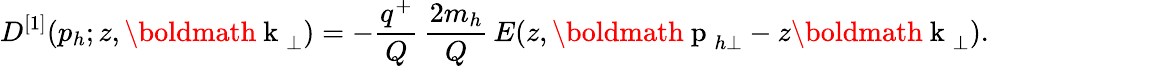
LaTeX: D^{[1]}(p_{h};z,{\mathrm{\boldmath~k~}}_{\perp})=-\frac{q^{+}}{Q}\, \frac{2m_{h}}{Q}\, E(z,{\mathrm{\boldmath~p~}}_{h\perp}-z{\mathrm{\boldmath~k~}}_{\perp}).\qquad\qquad\qquad